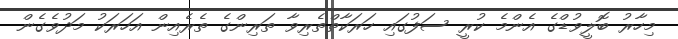
މިހާރު ބޮލީވުޑްގެ އެންމެ ކުރީ ސަފުގައި ހަރަކާތްތެރިވާ ތަރިންގެ ތެރެއިން އަހަރަކު މަދުވެގެން